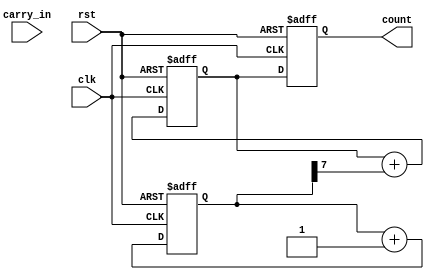
module cascaded_counter (
    input clk,
    input rst,
    input carry_in,
    output reg [7:0] count
);

reg [7:0] count_block1;
reg [7:0] count_block2;

always @(posedge clk or posedge rst) begin
    if (rst) begin
        count_block1 <= 8'b0;
        count_block2 <= 8'b0;
        count <= 8'b0;
    end else begin
        count_block1 <= count_block1 + 1;
        count_block2 <= count_block2 + (count_block1[7]);
        count <= count_block2;
    end
end

endmodule